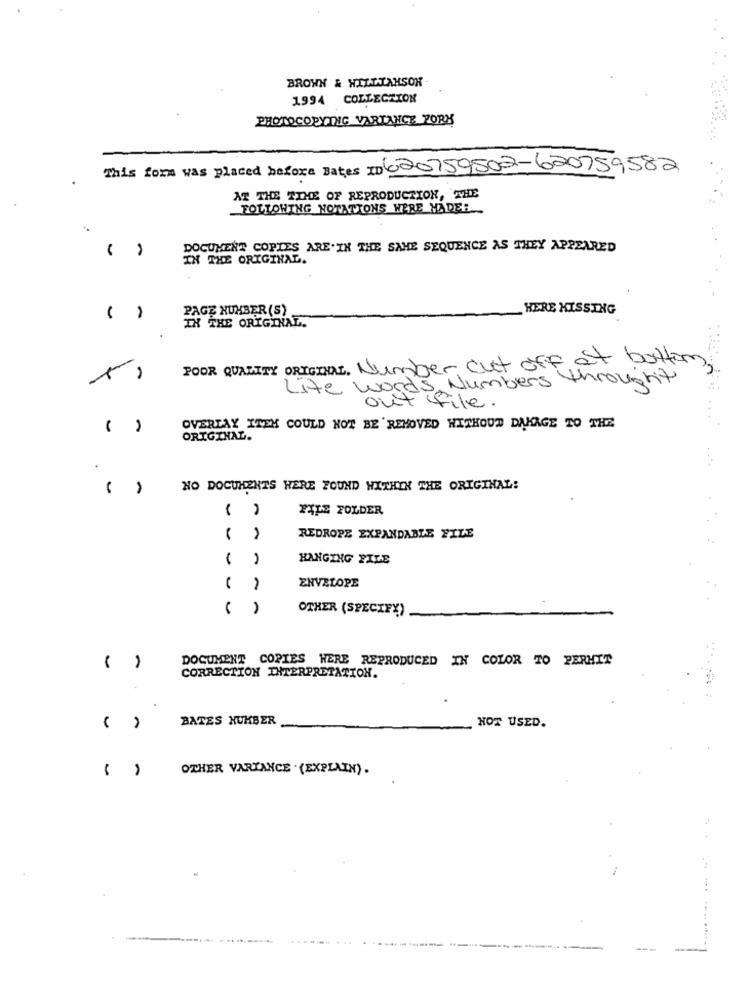
BROWN & WILLIAMSON
1994 COLLECTION
PHOTOCOPYTIC VARIANCE PORY
This form was placed before Dates ID 6 20759502-620759582
AT THE TIME OF REPRODUCTION, THE
FOLLOWING NOTATTONS WERE MADE:
-.
DOCUMENT COPIES ARE.IN THE SAME SEQUENCE AS THEY APPEARED
IN THE ORIGINAL.
PAGE NUMBER (S)
HERE KISSING
( )
IN THE ORIGINAL.
POOR QUALITY ORIGINAL. Number cut off at bottom
Life words Numbers throught
out file .
( )
OVERLAY ITEK COULD NOT BE REMOVED WITHOUT DAKAGE TO THE
ORIGINAL.
( )
NO DOCUMENTS WERE FOUND WITHIN THE ORIGINAL:
( )
FILE FOLDER
( )
REDROPE EXPANDABLE FILE
HANGING FILE
ENVELOPE
OTHER (SPECIFY)
DOCUMENT COPIES HERE REPRODUCED IN COLOR TO PERMIT
( )
CORRECTION INTERPRETATION.
BATES NUMBER
( )
HOT USED.
OTHER VARIANCE . (EXPLAIN).
----